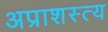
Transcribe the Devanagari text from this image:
अप्राशस्त्य